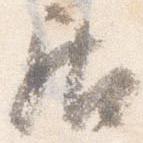
居